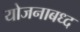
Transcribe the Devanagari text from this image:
योजनाबध्द